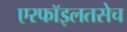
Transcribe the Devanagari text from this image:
एरफॉइलतसेच